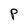
Character: P